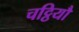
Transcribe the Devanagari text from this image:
चट्ठियौ